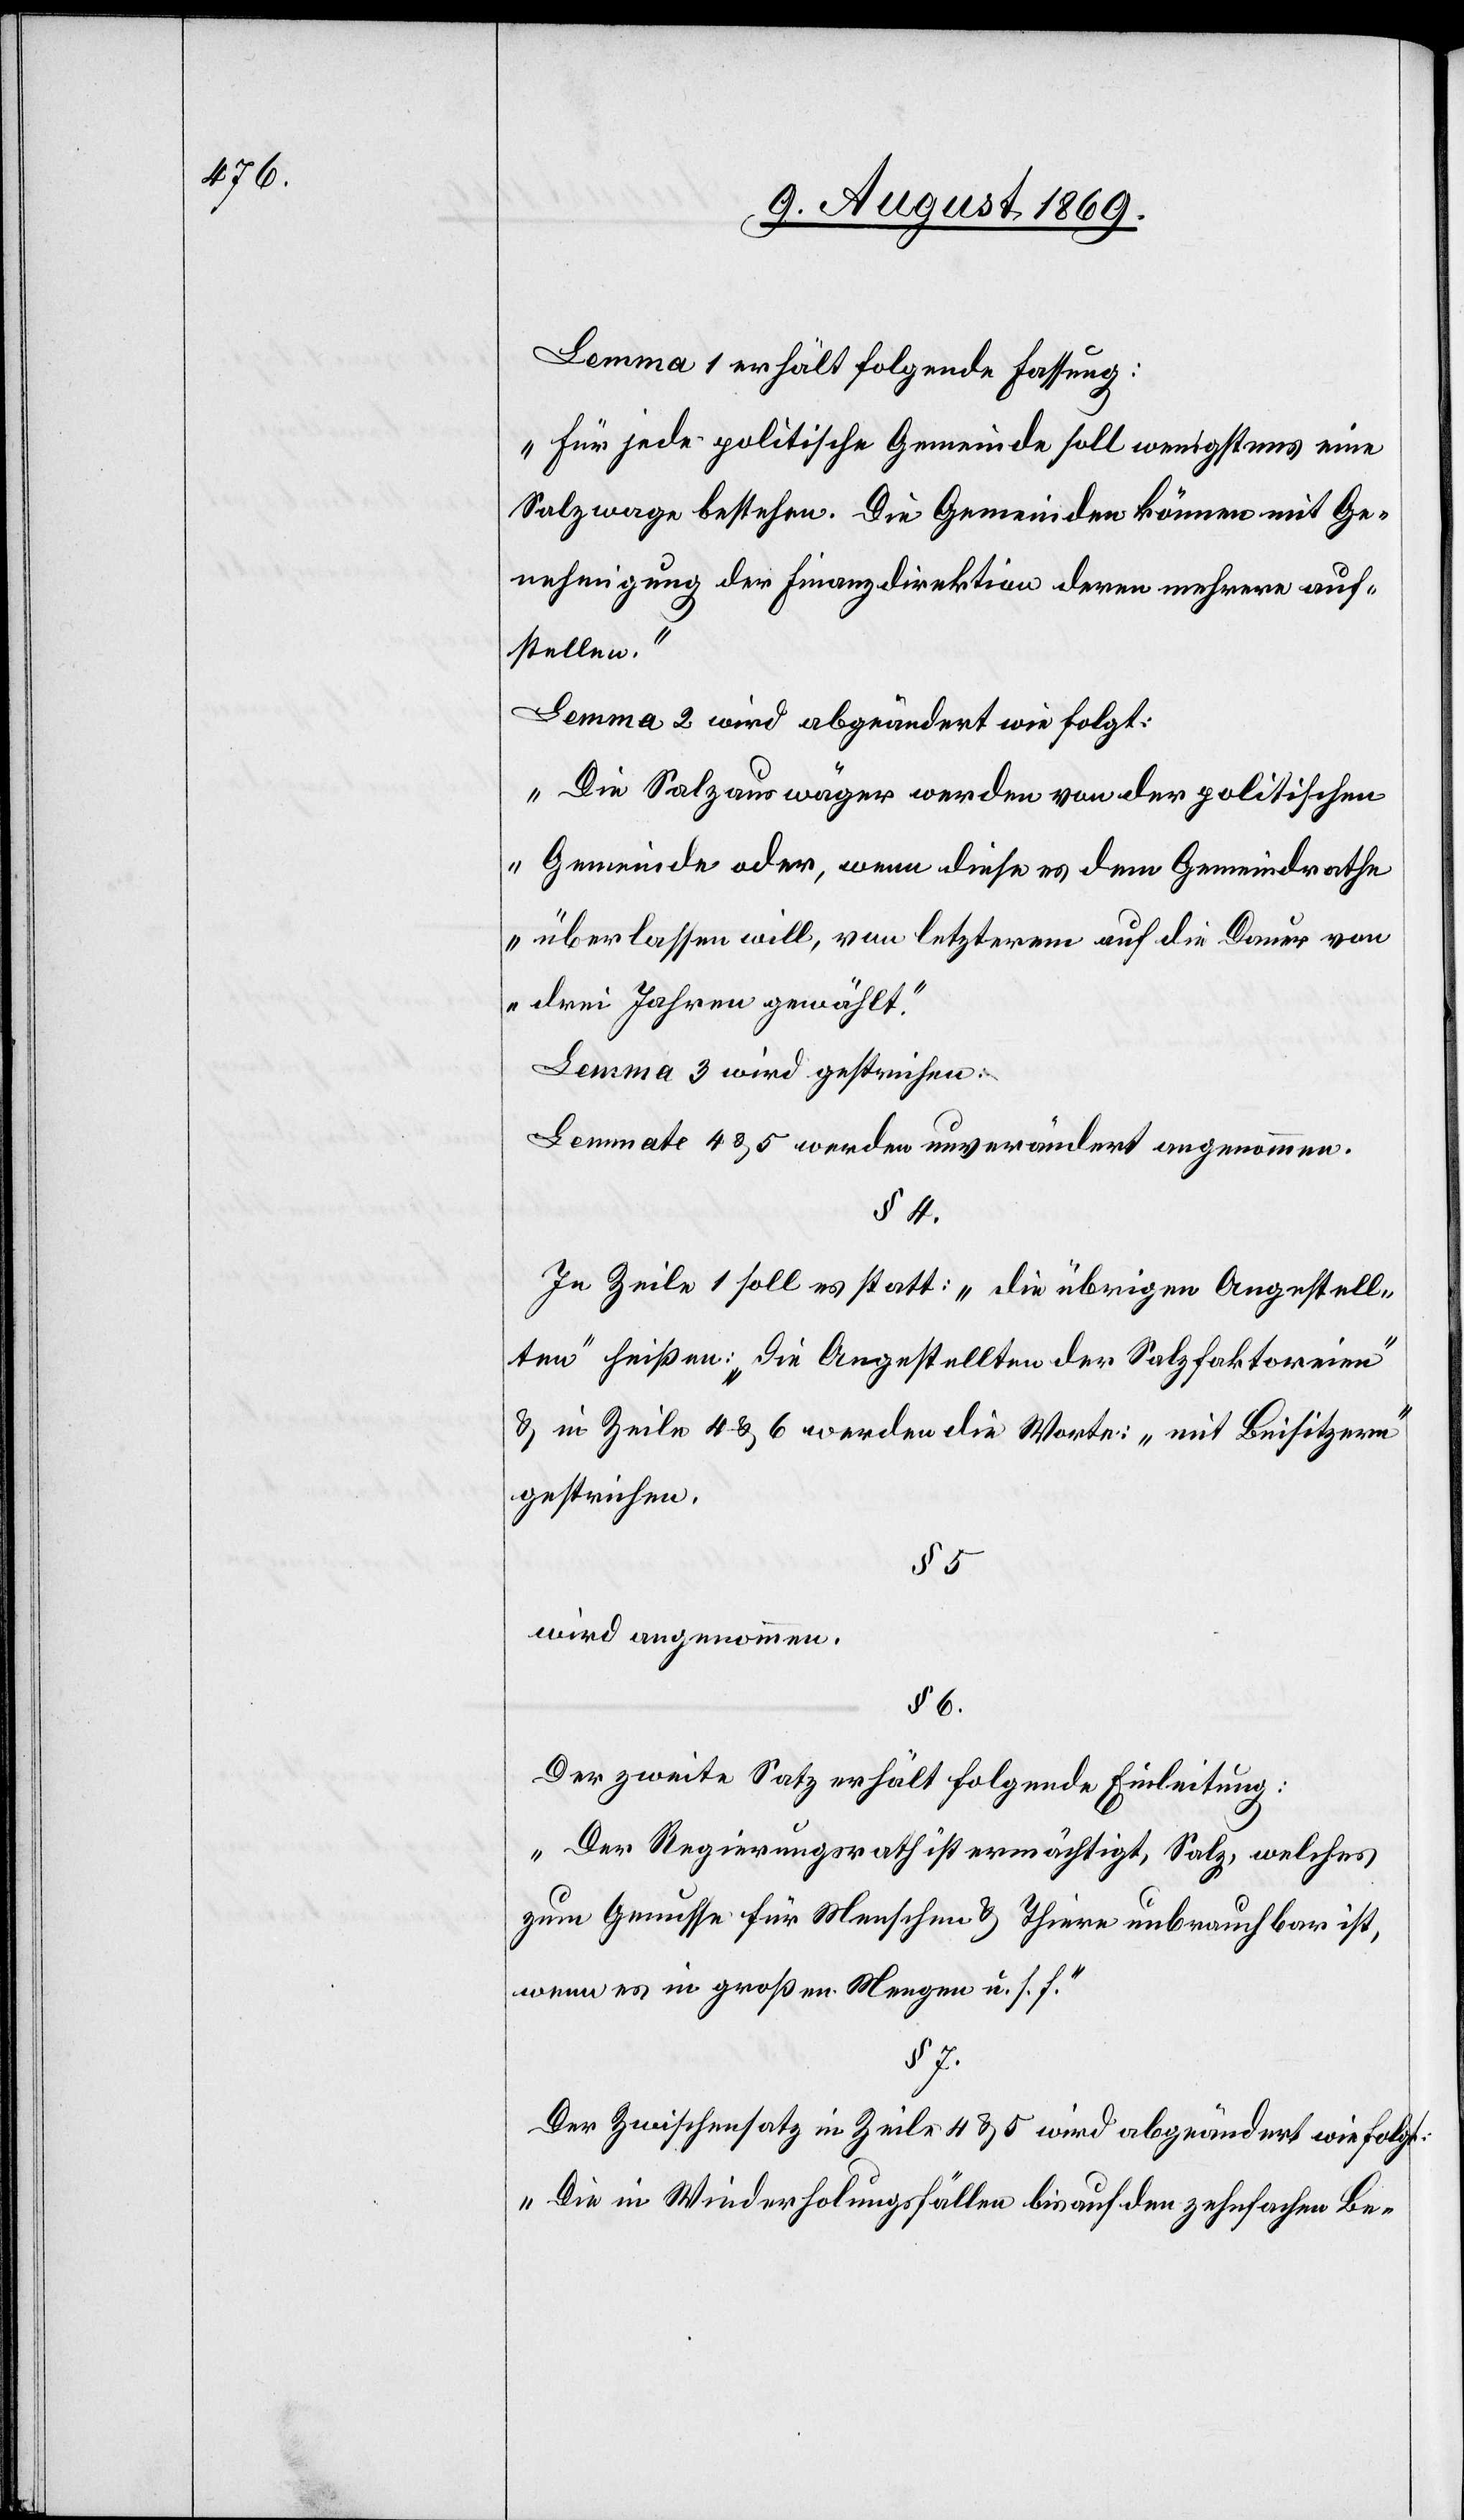
Lemma 1 erhält folgende Fassung:
„Für jede politische Gemeinde soll wenigstens eine
Salzwage bestehen. Die Gemeinden können mit Ge¬
nehmigung der Finanzdirektion deren mehrere auf¬
stellen.“
Lemma 2 wird abgeändert wie folgt:
„Die Salzauswäger werden von der politischen
Gemeinde oder, wenn diese es dem Gemeindrathe
überlassen will, von letzterem auf die Dauer von
drei Jahren gewählt.“
Lemma 3 wird gestrichen.
Lemmate 4 & 5 werden unverändert angenommen.
§ 4.
In Zeile 1 soll es statt: „Die übrigen Angestell¬
ten“ heißen: „Die Angestellten der Salzfaktoreien“
& in Zeile 4 & 6 werden die Worte: „mit Beisitzern“
gestrichen.
§ 5.
wird angenommen.
§ 6.
Der zweite Satz erhält folgende Einleitung:
„Der Regierungsrath ist ermächtigt, Salz, welches
zum Genusse für Menschen & Thiere unbrauchbar ist,
wenn es in großen Mengen u. s. f.“
§ 7.
Der Zwischensatz in Zeile 4 & 5 wird abgeändert wie folgt:
„Die in Wiederholungsfällen bis auf den zehnfachen Be-